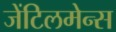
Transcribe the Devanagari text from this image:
जेंटिलमेन्स